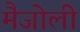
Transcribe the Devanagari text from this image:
मैजोली